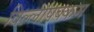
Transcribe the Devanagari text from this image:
विल्लापक्कम